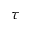
_ \tau